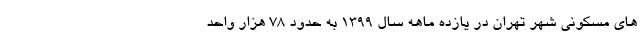
های مسکونی شهر تهران در يازده ماهه سال 1399 به حدود 78 هزار واحد